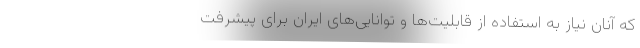
که آنان نیاز به استفاده از قابلیت‌ها و توانایی‌های ایران برای پیشرفت